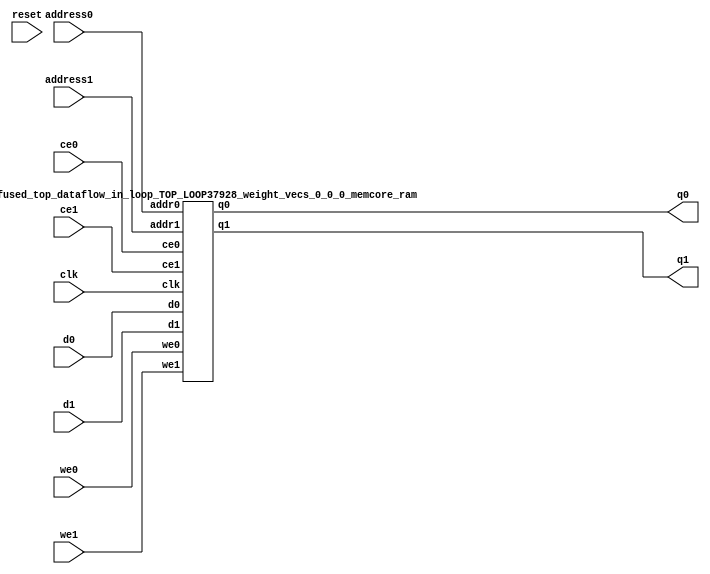
`define EXPONENT 5
`define MANTISSA 10
`define ACTUAL_MANTISSA 11
`define EXPONENT_LSB 10
`define EXPONENT_MSB 14
`define MANTISSA_LSB 0
`define MANTISSA_MSB 9
`define MANTISSA_MUL_SPLIT_LSB 3
`define MANTISSA_MUL_SPLIT_MSB 9
`define SIGN 1
`define SIGN_LOC 15
`define DWIDTH (`SIGN+`EXPONENT+`MANTISSA)
`define IEEE_COMPLIANCE 1

module td_fused_top_dataflow_in_loop_TOP_LOOP37928_weight_vecs_0_0_0_memcore(
    reset,
    clk,
    address0,
    ce0,
    we0,
    d0,
    q0,
    address1,
    ce1,
    we1,
    d1,
    q1);

parameter DataWidth = 32'd16;
parameter AddressRange = 32'd64;
parameter AddressWidth = 32'd6;
input reset;
input clk;
input[AddressWidth - 1:0] address0;
input ce0;
input we0;
input[DataWidth - 1:0] d0;
output[DataWidth - 1:0] q0;
input[AddressWidth - 1:0] address1;
input ce1;
input we1;
input[DataWidth - 1:0] d1;
output[DataWidth - 1:0] q1;



td_fused_top_dataflow_in_loop_TOP_LOOP37928_weight_vecs_0_0_0_memcore_ram td_fused_top_dataflow_in_loop_TOP_LOOP37928_weight_vecs_0_0_0_memcore_ram_U(
    .clk( clk ),
    .addr0( address0 ),
    .ce0( ce0 ),
    .we0( we0 ),
    .d0( d0 ),
    .q0( q0 ),
    .addr1( address1 ),
    .ce1( ce1 ),
    .we1( we1 ),
    .d1( d1 ),
    .q1( q1 )
);

endmodule
module td_fused_top_dataflow_in_loop_TOP_LOOP37928_weight_vecs_0_0_0_memcore_ram (addr0, ce0, d0, we0, q0, addr1, ce1, d1, we1, q1,  clk);

parameter DWIDTH = 16;
parameter AWIDTH = 6;
parameter MEM_SIZE = 64;

input[AWIDTH-1:0] addr0;
input ce0;
input[DWIDTH-1:0] d0;
input we0;
output reg[DWIDTH-1:0] q0;
input[AWIDTH-1:0] addr1;
input ce1;
input[DWIDTH-1:0] d1;
input we1;
output reg[DWIDTH-1:0] q1;
input clk;

reg [DWIDTH-1:0] ram[MEM_SIZE-1:0];




always @(posedge clk)  
begin 
    if (ce0) begin
        if (we0) 
            ram[addr0] <= d0; 
        q0 <= ram[addr0];
    end
end


always @(posedge clk)  
begin 
    if (ce1) begin
        if (we1) 
            ram[addr1] <= d1; 
        q1 <= ram[addr1];
    end
end


endmodule